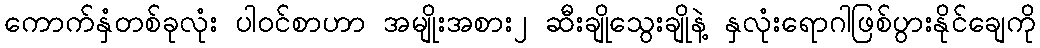
ကောက်နှံတစ်ခုလုံး ပါဝင်စာဟာ အမျိုးအစား၂ ဆီးချိုသွေးချိုနဲ့ နှလုံးရောဂါဖြစ်ပွားနိုင်ချေကို